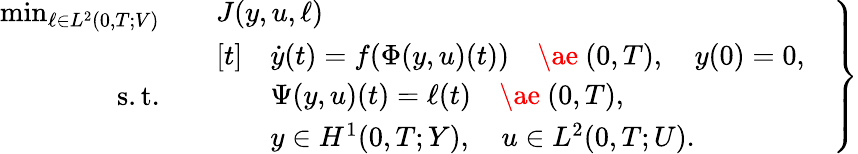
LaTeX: \left.\begin{array}{rl}{\operatorname*{min}_{\ell\in L^{2}(0,T;V)}\quad}&{J(y,u,\ell)}\\ {\mathrm{s.t.}\quad}&{\begin{array}{rl}{[t]}&{\dot{y}(t)=f(\Phi(y,u)(t))\quad\mathrm{\ae~}(0,T),\quad y(0)=0,}\\ &{\Psi(y,u)(t)=\ell(t)\quad\mathrm{\ae~}(0,T),}\\ &{y\in H^{1}(0,T;Y),\quad u\in L^{2}(0,T;U).}\end{array}}\end{array}\quad\right\}